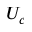
U _ { c }